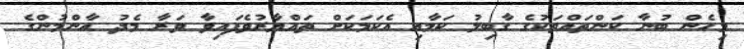
މިހެން ބުނާ ކަންތައްތަކުގެ ގާބިލު ކަމާއި އެކަމަކަށް ތައްޔާރުވެފައިވާ ވަރާ މެދު އާންމުންގެ